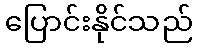
ပြောင်းနိုင်သည်